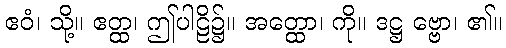
ဧဝံ၊ သို့။ ဧတ္ထ၊ ဤပါဠိ၌။ အတ္ထော၊ ကို။ ဒဋ္ဌ ဗ္ဗော၊ ၏။